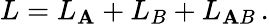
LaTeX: L=L_{\mathbf{A}}+L_{B}+L_{\mathbf{A}B}\, .